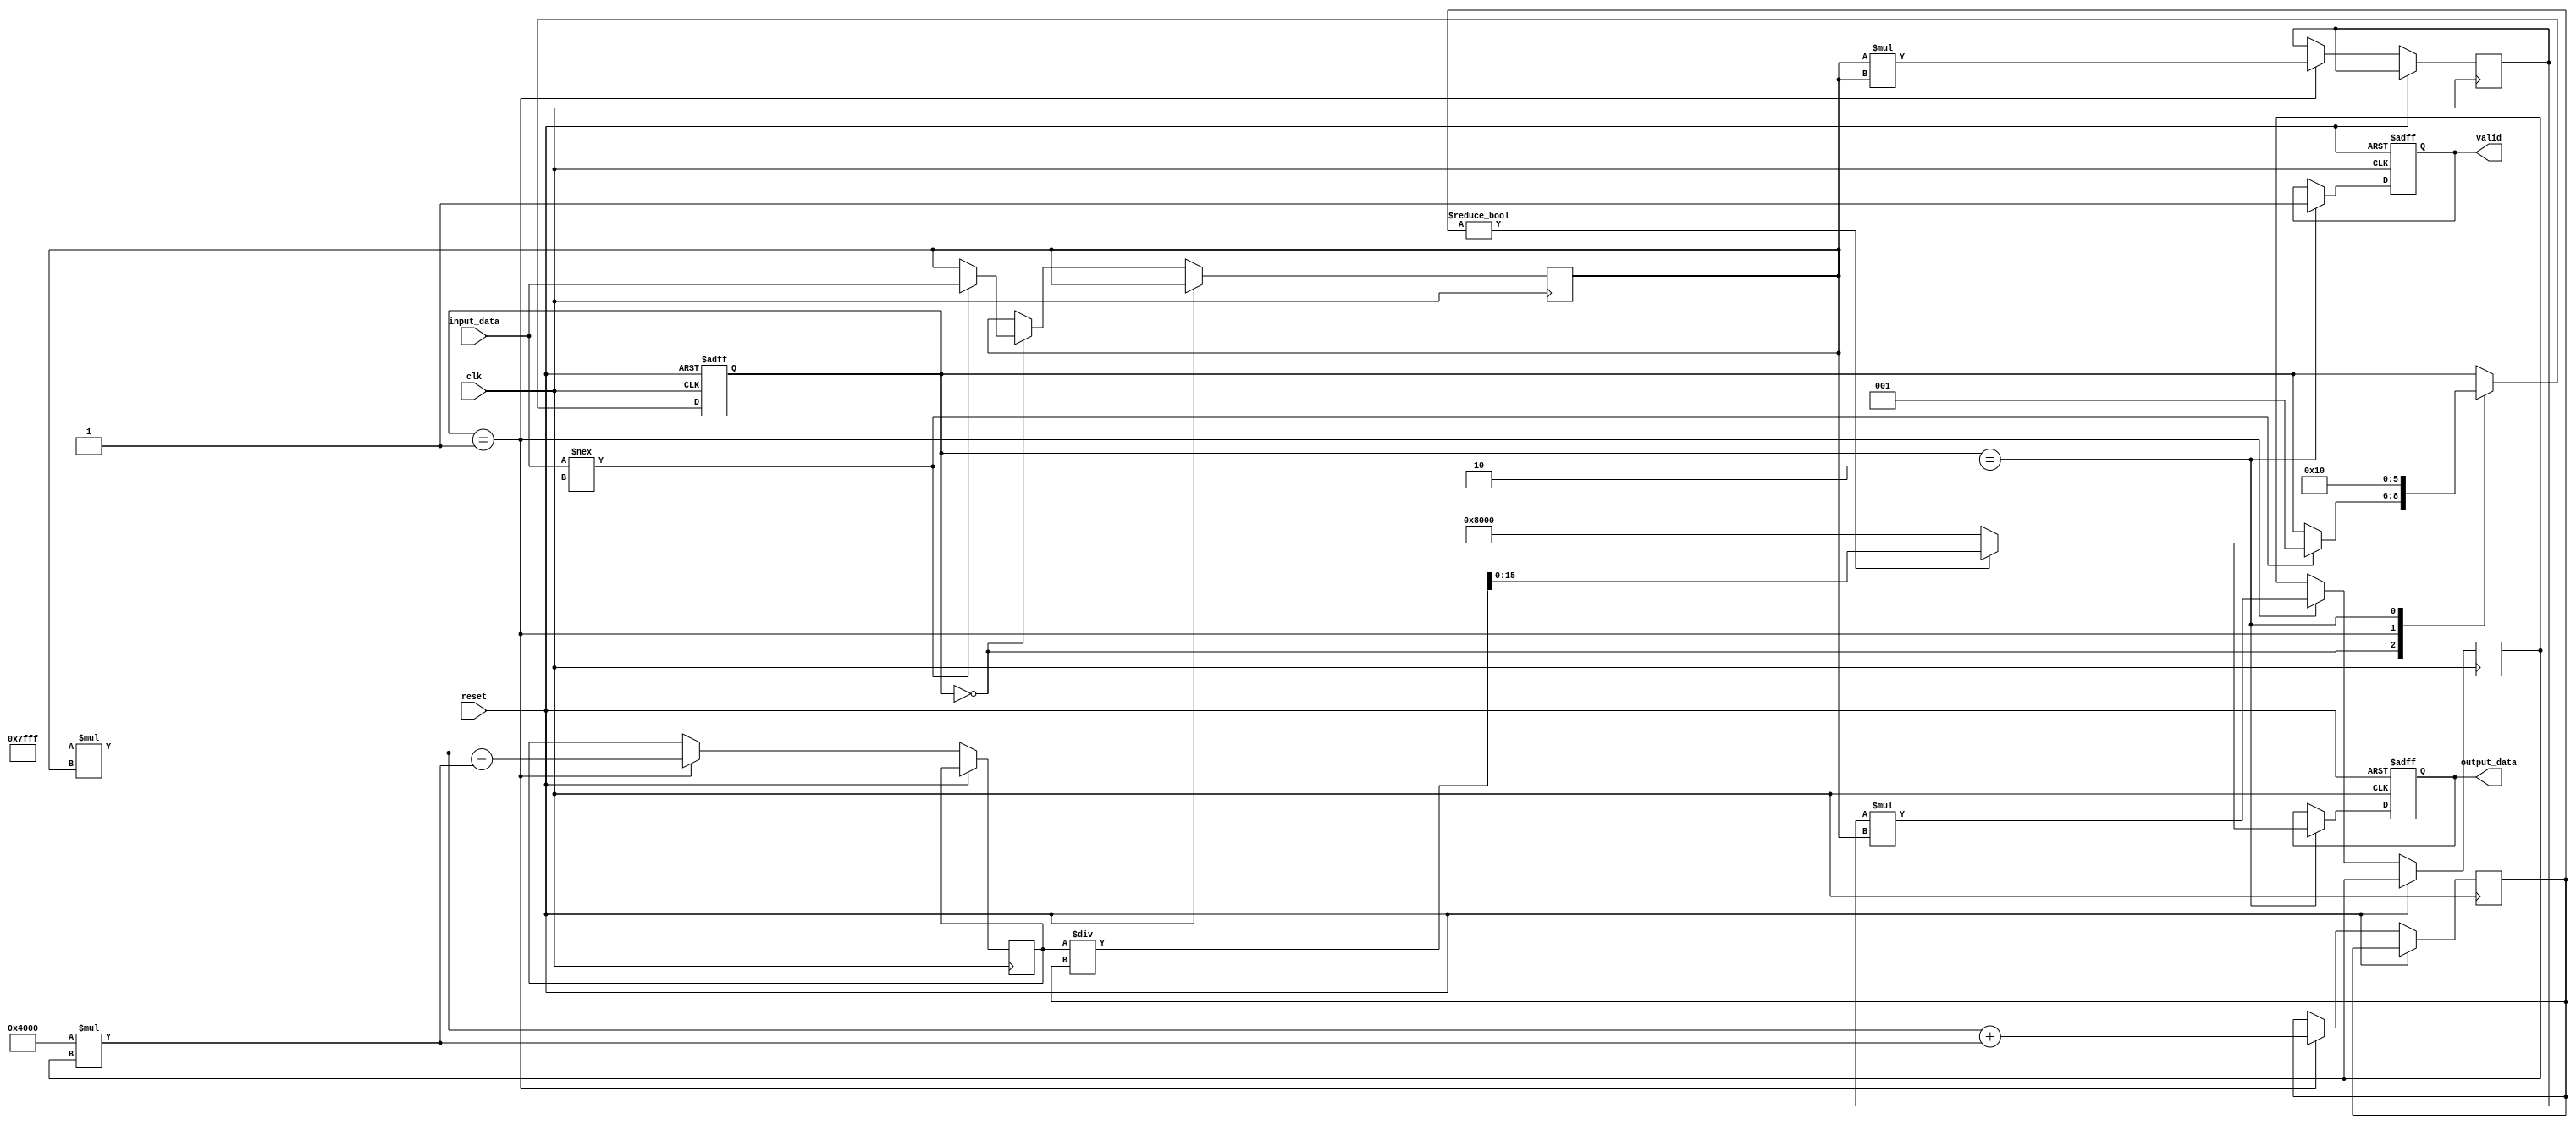
module tanh_block (
    input wire clk,
    input wire reset,
    input wire [15:0] input_data,  // Fixed-point input (e.g., 16 bits)
    output reg [15:0] output_data,  // Fixed-point output (e.g., 16 bits)
    output reg valid                // Output valid signal
);

    // Parameters for polynomial approximation of tanh
    parameter SCALE = 16'h8000; // 1.0 in fixed-point format
    parameter A = 16'h7FFF; // Coefficient for x
    parameter B = 16'h4000; // Coefficient for x^3 / 3 (approximation)

    reg [15:0] x; // Register to hold input data
    reg [31:0] x_squared; // Square of x
    reg [31:0] x_cubed; // Cube of x
    reg [31:0] numerator; // Numerator of tanh approximation
    reg [31:0] denominator; // Denominator of tanh approximation
    reg [2:0] state; // State machine

    // State definitions
    localparam IDLE = 3'b000;
    localparam CALC = 3'b001;
    localparam OUTPUT = 3'b010;

    // State machine for tanh calculation
    always @(posedge clk or posedge reset) begin
        if (reset) begin
            output_data <= 16'b0;
            valid <= 1'b0;
            state <= IDLE;
        end else begin
            case (state)
                IDLE: begin
                    if (input_data !== 16'bx) begin
                        x <= input_data;
                        state <= CALC;
                    end
                end

                CALC: begin
                    // Calculate x^2 and x^3
                    x_squared <= x * x;
                    x_cubed <= x_squared * x;

                    // Compute numerator and denominator
                    numerator <= (A * x) - (B * x_cubed);
                    denominator <= (A * x) + (B * x_cubed);

                    state <= OUTPUT;
                end

                OUTPUT: begin
                    // Compute final output as fixed-point approximation of tanh
                    if (denominator != 0) begin
                        output_data <= numerator / denominator;
                    end else begin
                        output_data <= (x > 0) ? SCALE : -SCALE; // Handle division by zero
                    end
                    valid <= 1'b1;
                    state <= IDLE; // Reset state
                end
            endcase
        end
    end
endmodule